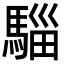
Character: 𮪌